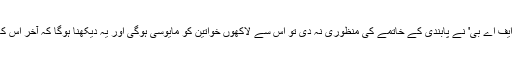
انہوں نے کہا کہ اگر 'آئی ایف اے بی' نے پابندی کے خاتمے کی منظوری نہ دی تو اس سے لاکھوں خواتین کو مایوسی ہوگی اور یہ دیکھنا ہوگا کہ آخر اس کھیل میں ترجیحات کیا ہیں۔